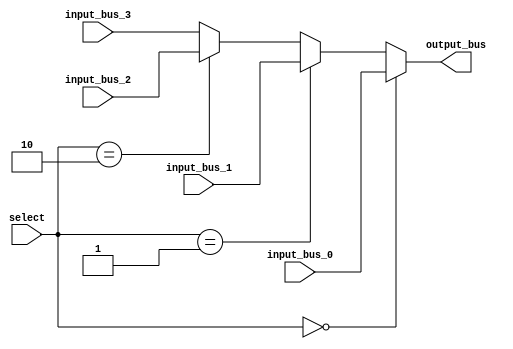
module bus_switch (
    input wire [1:0] select,
    input wire [7:0] input_bus_0,
    input wire [7:0] input_bus_1,
    input wire [7:0] input_bus_2,
    input wire [7:0] input_bus_3,
    output wire [7:0] output_bus
);

    assign output_bus = (select == 2'b00) ? input_bus_0 :
                        (select == 2'b01) ? input_bus_1 :
                        (select == 2'b10) ? input_bus_2 :
                        input_bus_3;

endmodule